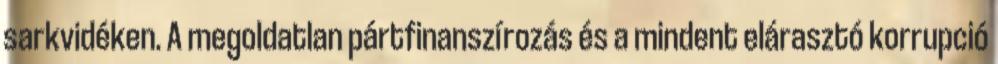
sarkvidéken. A megoldatlan pártfinanszírozás és a mindent elárasztó korrupció